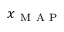
\boldsymbol { x } _ { \mathrm { ~ M ~ A ~ P ~ } }